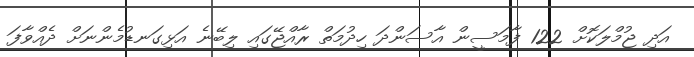
އަދި ޖުމްލަކޮށް 122 ފާމަސީން އާސަންދަ ހިދުމަތް ރާއްޖޭގައި ލިބޭނެ އަޅިގަނޑުމެންނަށް ދެއްވާފަ